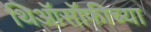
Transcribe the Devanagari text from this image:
थिऑसॉफीच्या